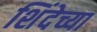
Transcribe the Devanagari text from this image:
शिंदेच्या